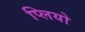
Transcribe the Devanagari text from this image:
प्लियो